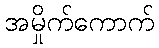
အမှိုက်ကောက်